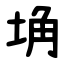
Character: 埆